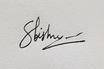
Signature authenticity: genuine